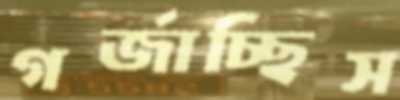
গর্‌জাচ্ছিস